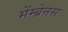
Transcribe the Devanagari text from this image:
मेंम्ब्रेनस